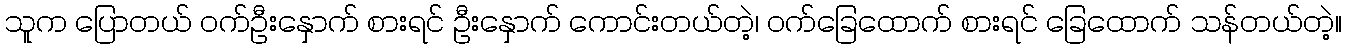
သူက ပြောတယ် ဝက်ဦးနှောက် စားရင် ဦးနှောက် ကောင်းတယ်တဲ့၊ ဝက်ခြေထောက် စားရင် ခြေထောက် သန်တယ်တဲ့။